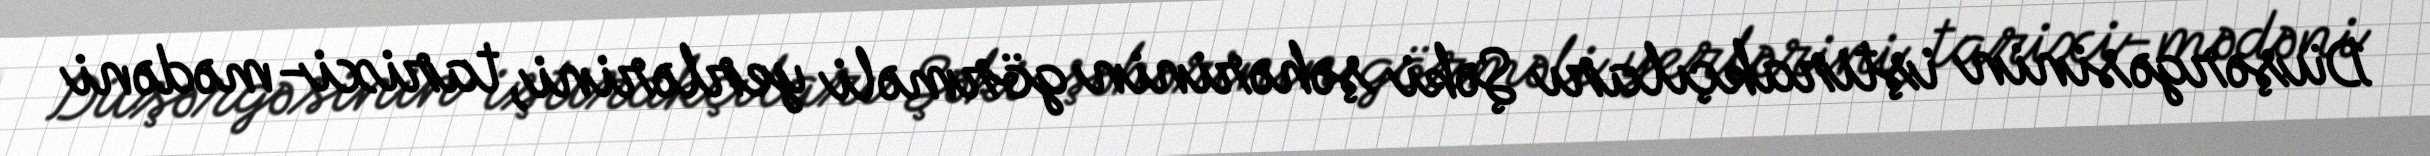
Düşərgəsinin iştirakçıları Şəki şəhərinin görməli yerlərini, tarixi-mədəni